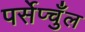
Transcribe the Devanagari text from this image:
पर्सेप्चुँल